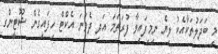
މި ބަދަލުތަކާއެކު ލިޔެ ނިމިފައިވާ ފުރަތަމަ އަދި ދެވަނަ އެކްޓް ހިފައިގެން ޝޫޓީންގ